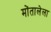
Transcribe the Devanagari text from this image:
मोंतालेला